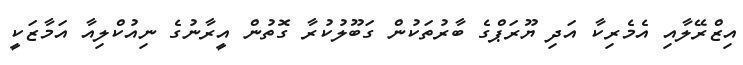
އިޒްރޭލާއި އެމެރިކާ އަދި ޔޫރަޕްގެ ބާރުތަކުން ގަބޫލުކުރާ ގޮތުން އީރާނުގެ ނިއުކްލިއާ އަމާޒަކީ